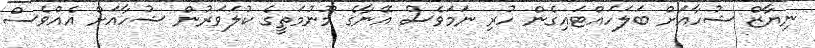
ނިޔާޒް ޝުހާއަށް ބަލަހައްޓައިގެން ހުރި ނަމަވެސް އޭނާގެ މޫނުމަތީގެ ކުލަވަރުން ޝުހާއަށް އެއްވެސް